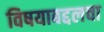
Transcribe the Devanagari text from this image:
विषयाबद्दलचा